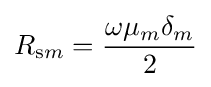
R_{\mathrm {s} m}={\frac {\omega \mu _{m}\delta _{m}}{2}}